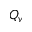
Q _ { v }